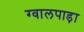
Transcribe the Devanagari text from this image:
ग्वालपाड़ा